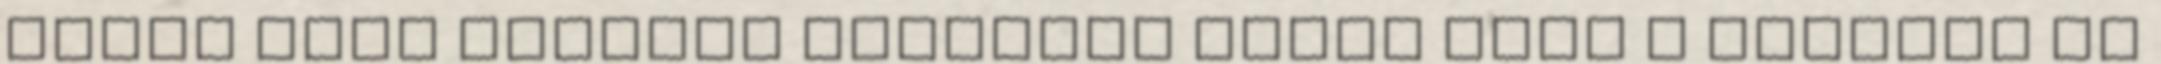
Erkel Elek mellett jelentős része volt a zenekar és